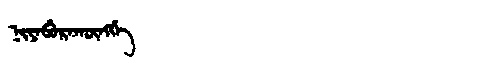
Manchu: ᠨᡳᠶᠠᠪᡠᡵᠠᡴᡡᠩᡤᡝ
Romanization: NIYABURAKŪNGGE